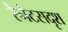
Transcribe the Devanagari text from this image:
रेनेटसदृश